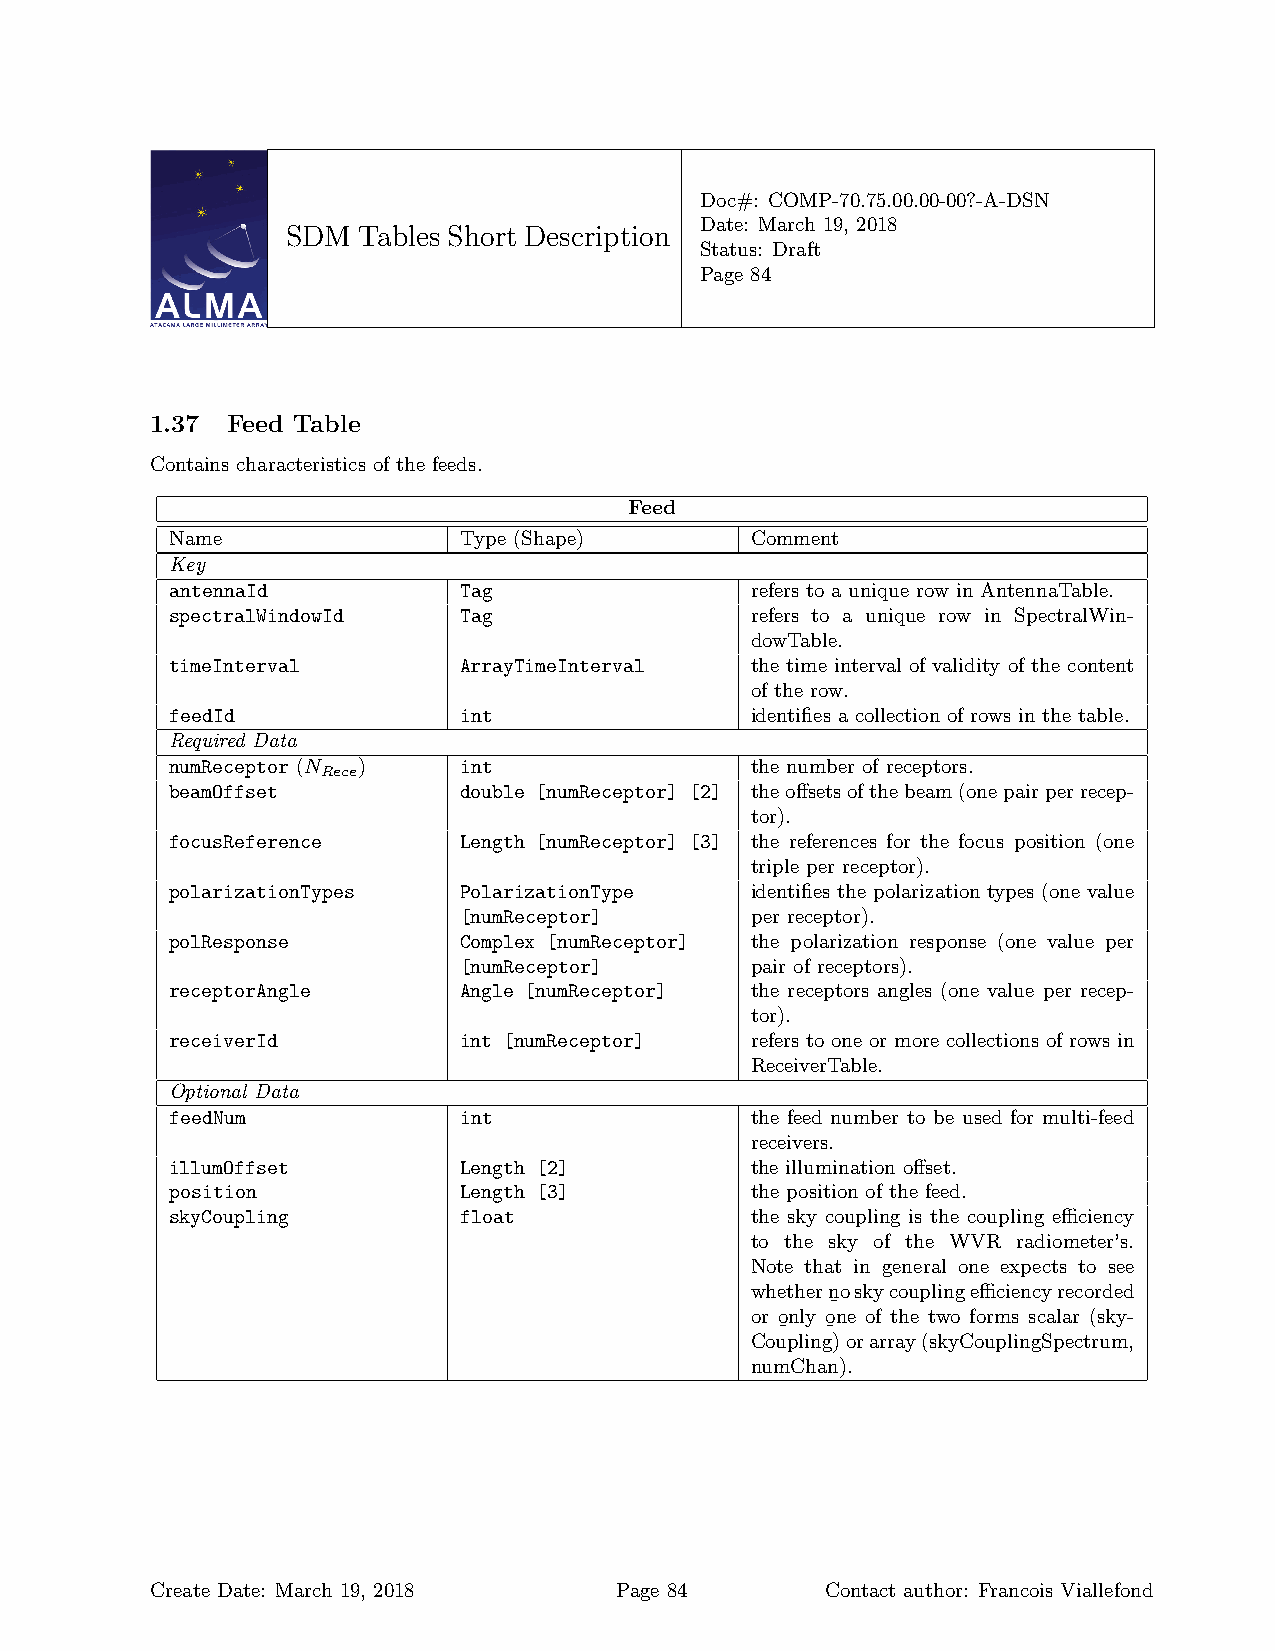
Doc#: COMP-70.75.00.00-00?-A-DSN
 Date: March 19, 2018
 SDM  Tables Short Description
 Status: Draft
 Page 84
 1.37 Feed Table
 Contains characteristics of the feeds.
 Feed
 Name               Type (Shape)        Comment
 Key
 antennaId          Tag                 refers to a unique row in AntennaTable.
 spectralWindowId   Tag                 refers to a unique row in SpectralWin-
 dowTable.
 timeInterval       ArrayTimeInterval   the time interval of validity of the content
 of the row.
 feedId             int                 identifies a collection of rows in the table.
 Required Data
 numReceptor (N )   int                 the number of receptors.
 Rece
 beamOffset         double [numReceptor] [2] theoffsetsofthebeam(onepairperrecep-
 tor).
 focusReference     Length [numReceptor] [3] the references for the focus position (one
 triple per receptor).
 polarizationTypes  PolarizationType    identifies the polarization types (one value
 [numReceptor]       per receptor).
 polResponse        Complex [numReceptor] the polarization response (one value per
 [numReceptor]       pair of receptors).
 receptorAngle      Angle [numReceptor] the receptors angles (one value per recep-
 tor).
 receiverId         int [numReceptor]   refers to one or more collections of rows in
 ReceiverTable.
 Optional Data
 feedNum            int                 the feed number to be used for multi-feed
 receivers.
 illumOffset        Length [2]          the illumination offset.
 position           Length [3]          the position of the feed.
 skyCoupling        float               the sky coupling is the coupling efficiency
 to the sky of the WVR radiometer’s.
 Note that in general one expects to see
 whethernoskycouplingefficiencyrecorded
 ¯
 or only one of the two forms scalar (sky-
 ¯  ¯
 Coupling)orarray(skyCouplingSpectrum,
 numChan).
 Create Date: March 19, 2018    Page 84       Contact author: Francois Viallefond